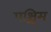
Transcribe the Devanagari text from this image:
पश्चि्म